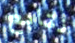
نتابع